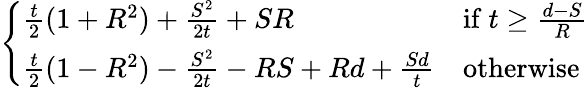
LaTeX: \begin{array}{r}{\left\{ \begin{array}{ll}{\frac{t}{2}(1+R^{2})+\frac{S^{2}}{2t}+SR}&{\mathrm{if~}t\geq\frac{d-S}{R}}\\ {\frac{t}{2}(1-R^{2})-\frac{S^{2}}{2t}-RS+Rd+\frac{Sd}{t}}&{\mathrm{otherwise}}\end{array}\right.}\end{array}